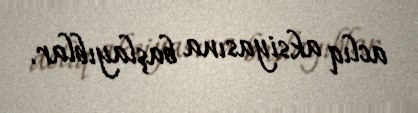
aclıq aksiyasına başlayıblar.